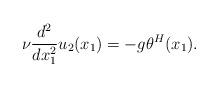
LaTeX: \begin{align*}\nu \frac{d^2}{dx_1^2}u_2(x_1)= - g \theta^H(x_1).\end{align*}